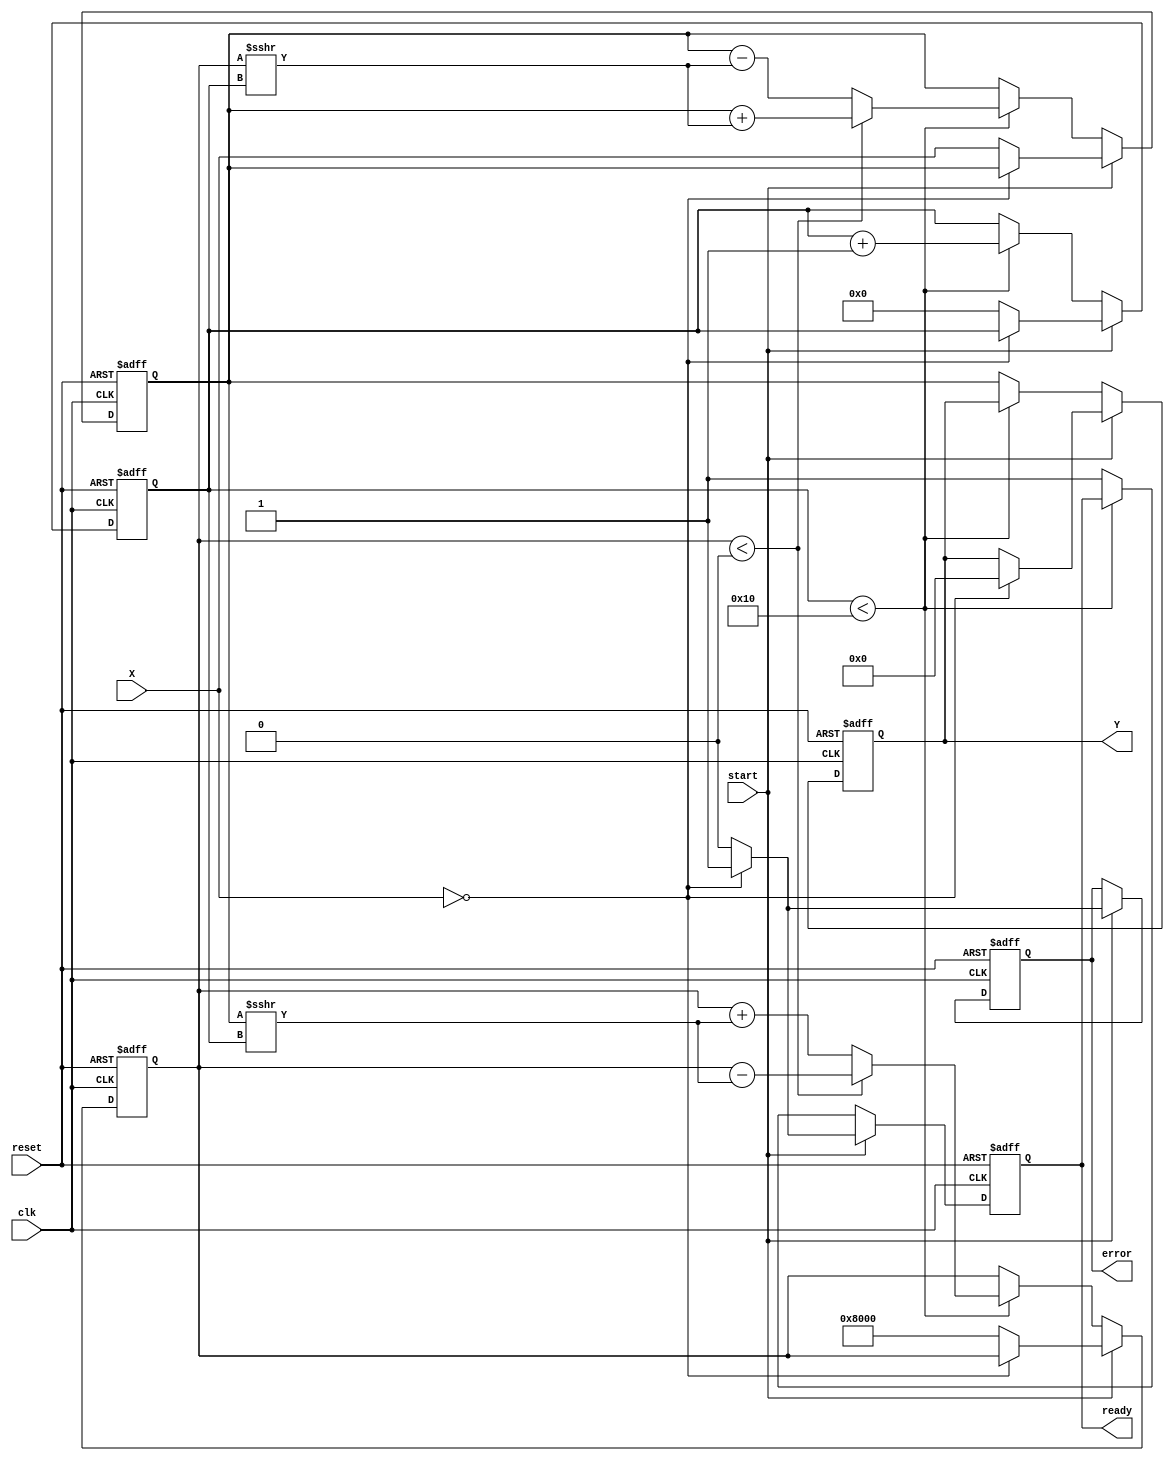
module cordic_reciprocal (
    input wire clk,
    input wire reset,
    input wire start,
    input wire [15:0] X, // Fixed-point input value (normalized in [0, 1])
    output reg [15:0] Y,  // Fixed-point reciprocal result
    output reg ready,     // Indicates when the output result is valid
    output reg error      // Indicates any errors (e.g., division by zero)
);

    // CORDIC parameters
    parameter NUM_ITERATIONS = 16; // Number of iterations for CORDIC
    parameter FIXED_POINT_SCALE = 16'h8000; // Scaling factor for fixed-point representation

    // Internal signals
    reg [15:0] z; // Angle accumulator
    reg [15:0] x_curr; // Current x value
    reg [15:0] y_curr; // Current y value
    reg [3:0] iteration; // Iteration counter
    reg [15:0] atan_table [0:NUM_ITERATIONS-1]; // Arctan lookup table

    // Initialize arctan values (in fixed-point format)
    initial begin
        atan_table[0] = 16'h2000; // atan(2^-0)
        atan_table[1] = 16'h1000; // atan(2^-1)
        atan_table[2] = 16'h0800; // atan(2^-2)
        atan_table[3] = 16'h0400; // atan(2^-3)
        atan_table[4] = 16'h0200; // atan(2^-4)
        atan_table[5] = 16'h0100; // atan(2^-5)
        atan_table[6] = 16'h0080; // atan(2^-6)
        atan_table[7] = 16'h0040; // atan(2^-7)
        atan_table[8] = 16'h0020; // atan(2^-8)
        atan_table[9] = 16'h0010; // atan(2^-9)
        atan_table[10] = 16'h0008; // atan(2^-10)
        atan_table[11] = 16'h0004; // atan(2^-11)
        atan_table[12] = 16'h0002; // atan(2^-12)
        atan_table[13] = 16'h0001; // atan(2^-13)
        atan_table[14] = 16'h0001; // atan(2^-14)
        atan_table[15] = 16'h0000; // atan(2^-15
    end

    // State machine for CORDIC computation
    always @(posedge clk or posedge reset) begin
        if (reset) begin
            // Reset state
            x_curr <= 16'h0000;
            y_curr <= 16'h0000;
            z <= 16'h0000;
            iteration <= 0;
            ready <= 0;
            error <= 0;
            Y <= 16'h0000;
        end else if (start) begin
            // Check for division by zero
            if (X == 16'h0000) begin
                error <= 1;
                ready <= 1;
                Y <= 16'h0000; // Undefined reciprocal
            end else begin
                // Initialize values
                x_curr <= X;
                y_curr <= FIXED_POINT_SCALE; // Start with (X, 1)
                z <= 16'h0000; // Initial angle
                iteration <= 0;
                ready <= 0;
                error <= 0;
            end
        end else if (iteration < NUM_ITERATIONS) begin
            // CORDIC iteration
            if (y_curr < 0) begin
                // Rotate clockwise
                x_curr <= x_curr + (y_curr >>> iteration);
                y_curr <= y_curr - (x_curr >>> iteration);
                z <= z - atan_table[iteration];
            end else begin
                // Rotate counterclockwise
                x_curr <= x_curr - (y_curr >>> iteration);
                y_curr <= y_curr + (x_curr >>> iteration);
                z <= z + atan_table[iteration];
            end
            iteration <= iteration + 1;
        end else begin
            // Final output
            Y <= x_curr; // The reciprocal result
            ready <= 1; // Indicate that the result is ready
        end
    end

endmodule